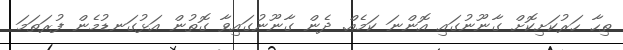
ތިހާ ހަރުކަށިކޮށް ގާނޫނުގައި އޮންނަ ކަމެއް. ދެން ގާނޫނުގައިވާ ގޮތުން އަޅުގަނޑުމެން ފުރަތަމަ